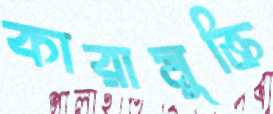
কারামুক্তি